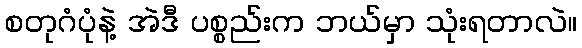
စတုဂံပုံနဲ့ အဲဒီ ပစ္စည်းက ဘယ်မှာ သုံးရတာလဲ။